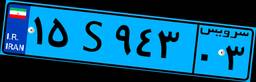
۵۶S۹۶۶۴۹